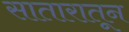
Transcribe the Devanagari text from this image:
सातारातून